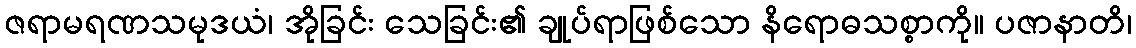
ဇရာမရဏသမုဒယံ၊ အိုခြင်း သေခြင်း၏ ချုပ်ရာဖြစ်သော နိရောဓသစ္စာကို။ ပဇာနာတိ၊